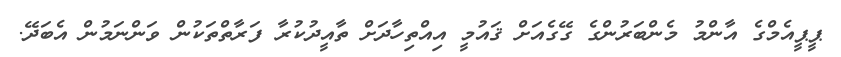
ޕީޕީއެމްގެ އާންމު މެންބަރުންގެ ގޭގެއަށް ޤައުމީ އިއްތިހާދަށް ތާއީދުކުރާ ފަރާތްތަކުން ވަންނަމުން އެބަދޭ.